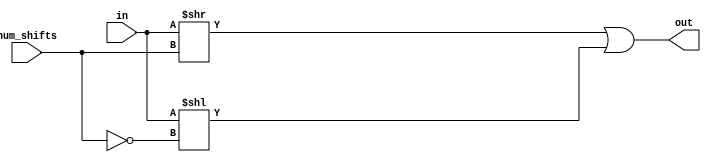
module ror32 (in, num_shifts, out);
    input wire signed [31:0] in;
    input wire signed [31:0] num_shifts;
    output wire signed [31:0] out;
	
	assign out = (in >> num_shifts) | (in << ~num_shifts);

endmodule